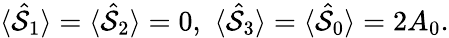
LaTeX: \begin{array}{r}{\langle\hat{\cal S}_{1}\rangle=\langle\hat{\cal S}_{2}\rangle=0,\, \, \langle\hat{\cal S}_{3}\rangle=\langle\hat{\cal S}_{0}\rangle=2A_{0}.}\end{array}